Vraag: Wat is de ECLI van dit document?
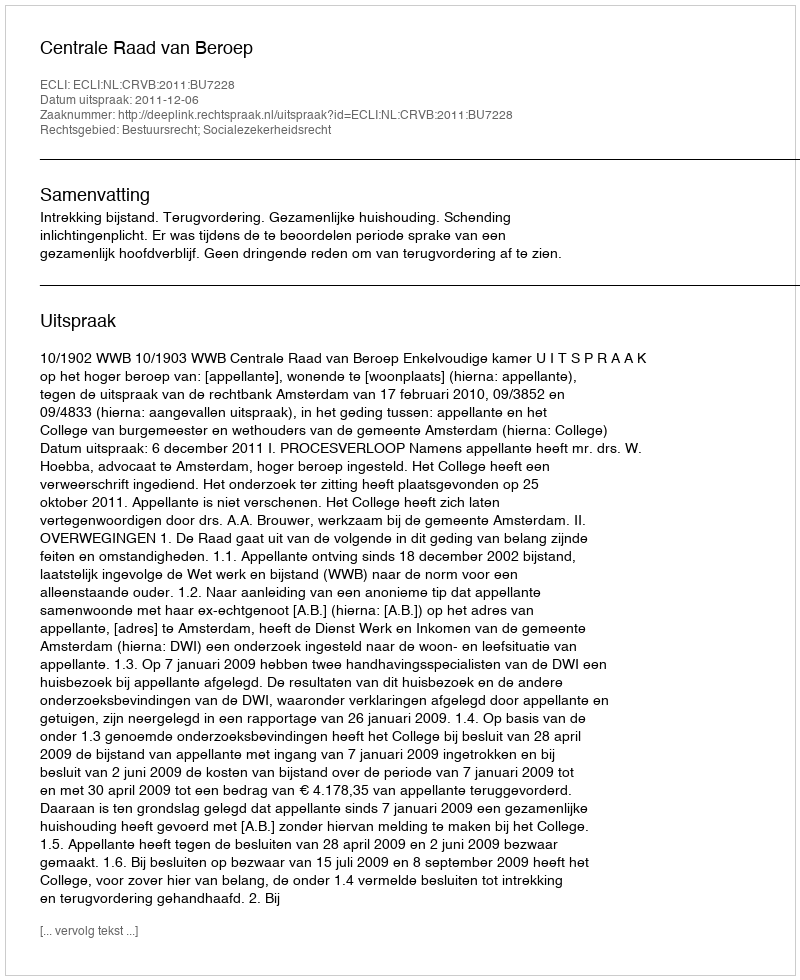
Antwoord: ECLI:NL:CRVB:2011:BU7228